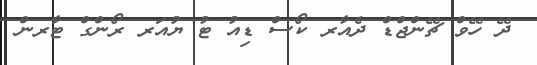
ދޭ ހޭވް ޗޭންޖްޑް ދެއާރ ކޯސް ޑިއު ޓު ޔުއަރ ރޯންގް ޓާރން